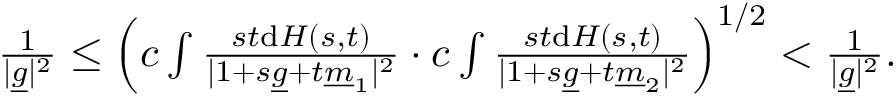
\begin{array} { r } { \frac { 1 } { \vert \underline { { g } } \vert ^ { 2 } } \le \left( c \int \frac { s t \mathrm { d } H ( s , t ) } { \vert 1 + s \underline { { g } } + t \underline { { m } } _ { 1 } \vert ^ { 2 } } \cdot c \int \frac { s t \mathrm { d } H ( s , t ) } { \vert 1 + s \underline { { g } } + t \underline { { m } } _ { 2 } \vert ^ { 2 } } \right) ^ { 1 / 2 } < \frac { 1 } { \vert \underline { { g } } \vert ^ { 2 } } . } \end{array}